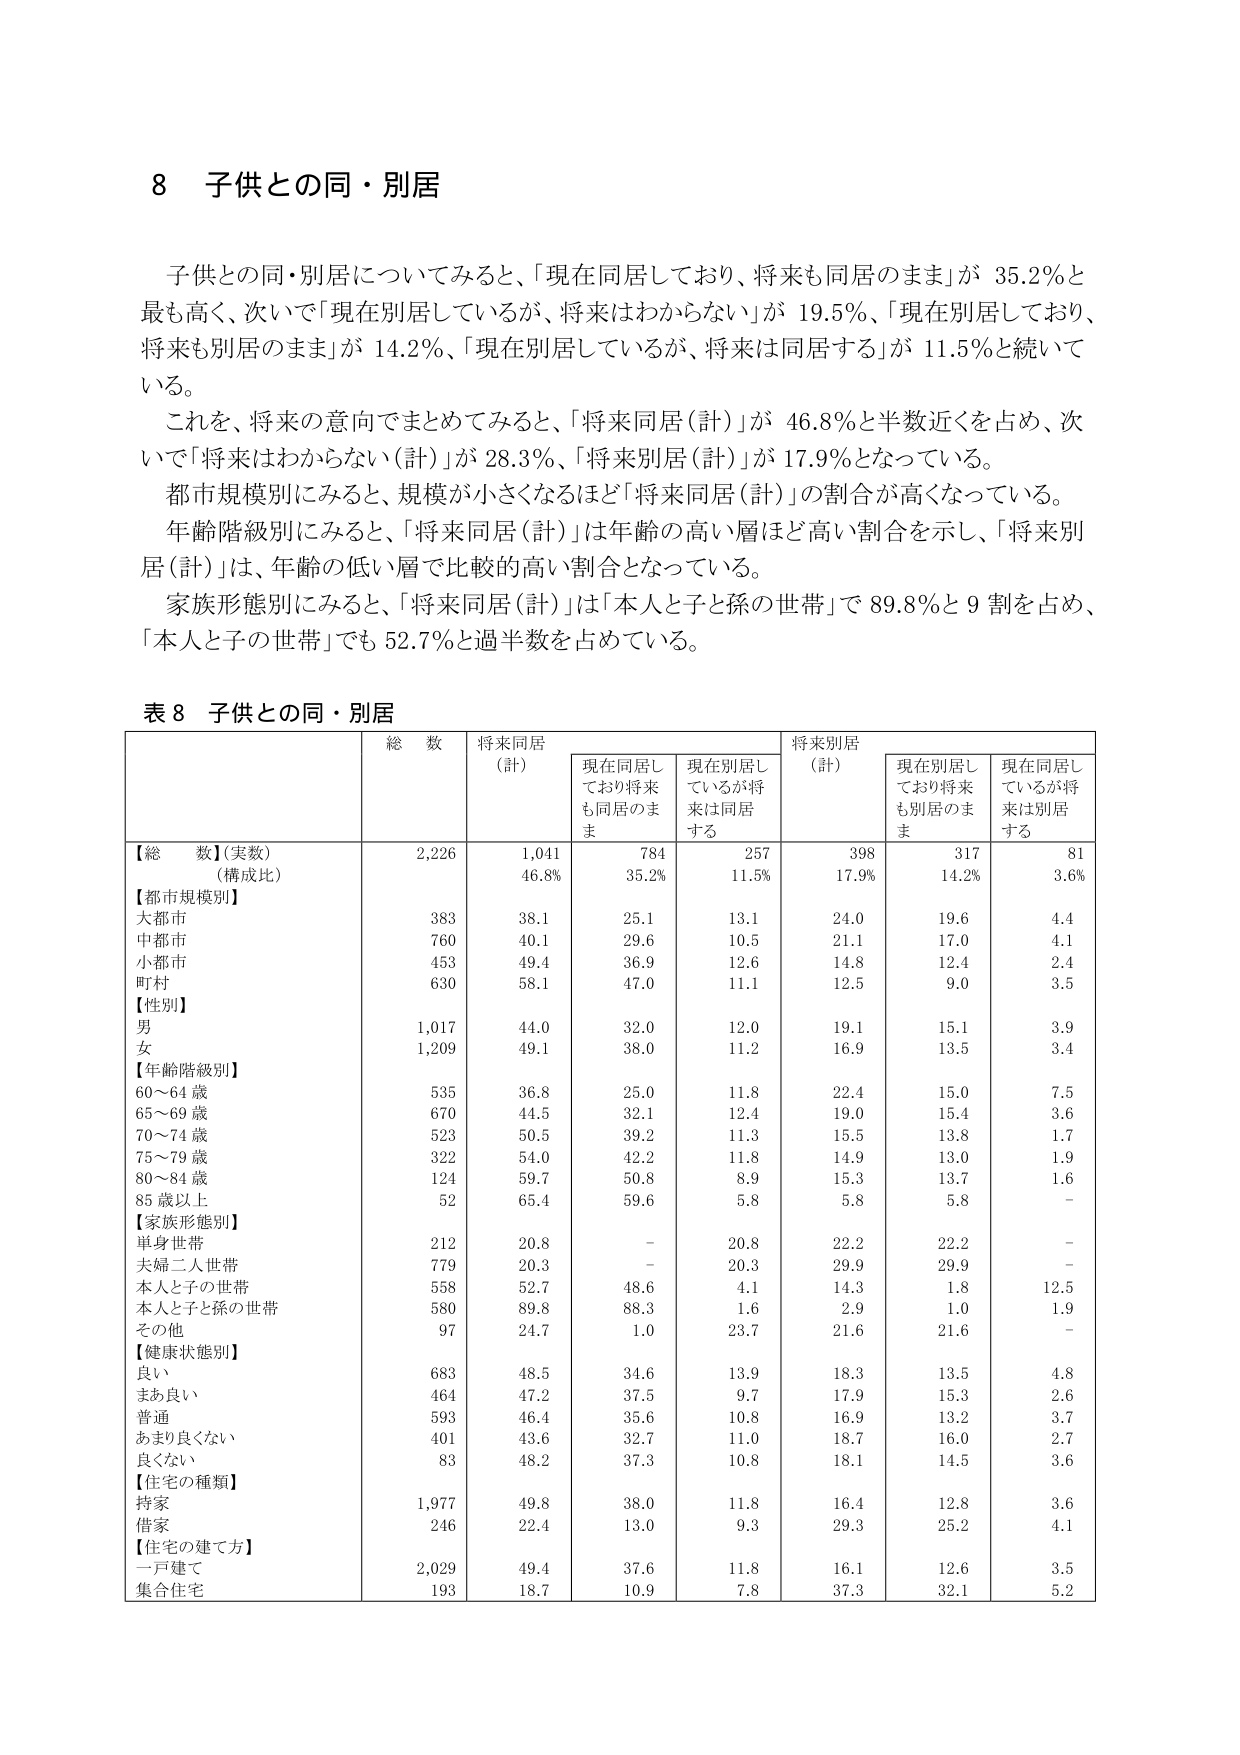
8 子供との同・別居

子供との同・別居についてみると、「現在同居しており、将来も同居のまま」が 35.2%と最も高く、次いで「現在別居しているが、将来はわからない」が 19.5%、「現在別居しており、将来も別居のまま」が 14.2%、「現在別居しているが、将来は同居する」が 11.5%と続いている。

これを、将来の意向でまとめてみると、「将来同居（計）」が 46.8%と半数近くを占め、次いで「将来はわからない（計）」が 28.3%、「将来別居（計）」が 17.9%となっている。

都市規模別にみると、規模が小さくなるほど「将来同居（計）」の割合が高くなっている。

年齢階級別にみると、「将来同居（計）」は年齢の高い層ほど高い割合を示し、「将来別居（計）」は、年齢の低い層で比較的高い割合となっている。

家族形態別にみると、「将来同居（計）」は「本人と子と孫の世帯」で 89.8%と 9 割を占め、「本人と子の世帯」でも 52.7%と過半数を占めている。

表 8 子供との同・別居

| | 総 数 | 将来同居（計） | | | 将来別居（計） | | |
|---|---|---|---|---|---|---|---|
| | | | 現在同居しており将来も同居のまま | 現在別居しているが将来は同居する | | 現在別居しており将来も別居のまま | 現在同居しているが将来は別居する |
| 【総 数】（実数）<br>（構成比） | 2,226 | 1,041<br>46.8% | 784<br>35.2% | 257<br>11.5% | 398<br>17.9% | 317<br>14.2% | 81<br>3.6% |
| 【都市規模別】 | | | | | | | |
| 大都市 | 383 | 38.1 | 25.1 | 13.1 | 24.0 | 19.6 | 4.4 |
| 中都市 | 760 | 40.1 | 29.6 | 10.5 | 21.1 | 17.0 | 4.1 |
| 小都市 | 453 | 49.4 | 36.9 | 12.6 | 14.8 | 12.4 | 2.4 |
| 町村 | 630 | 58.1 | 47.0 | 11.1 | 12.5 | 9.0 | 3.5 |
| 【性別】 | | | | | | | |
| 男 | 1,017 | 44.0 | 32.0 | 12.0 | 19.1 | 15.1 | 3.9 |
| 女 | 1,209 | 49.1 | 38.0 | 11.2 | 16.9 | 13.5 | 3.4 |
| 【年齢階級別】 | | | | | | | |
| 60～64 歳 | 535 | 36.8 | 25.0 | 11.8 | 22.4 | 15.0 | 7.5 |
| 65～69 歳 | 670 | 44.5 | 32.1 | 12.4 | 19.0 | 15.4 | 3.6 |
| 70～74 歳 | 523 | 50.5 | 39.2 | 11.3 | 15.5 | 13.8 | 1.7 |
| 75～79 歳 | 322 | 54.0 | 42.2 | 11.8 | 14.9 | 13.0 | 1.9 |
| 80～84 歳 | 124 | 59.7 | 50.8 | 8.9 | 15.3 | 13.7 | 1.6 |
| 85 歳以上 | 52 | 65.4 | 59.6 | 5.8 | 5.8 | 5.8 | - |
| 【家族形態別】 | | | | | | | |
| 単身世帯 | 212 | 20.8 | - | 20.8 | 22.2 | 22.2 | - |
| 夫婦二人世帯 | 779 | 20.3 | - | 20.3 | 29.9 | 29.9 | - |
| 本人と子の世帯 | 558 | 52.7 | 48.6 | 4.1 | 14.3 | 1.8 | 12.5 |
| 本人と子と孫の世帯 | 580 | 89.8 | 88.3 | 1.6 | 2.9 | 1.0 | 1.9 |
| その他 | 97 | 24.7 | 1.0 | 23.7 | 21.6 | 21.6 | - |
| 【健康状態別】 | | | | | | | |
| 良い | 683 | 48.5 | 34.6 | 13.9 | 18.3 | 13.5 | 4.8 |
| まあ良い | 464 | 47.2 | 37.5 | 9.7 | 17.9 | 15.3 | 2.6 |
| 普通 | 593 | 46.4 | 35.6 | 10.8 | 16.9 | 13.2 | 3.7 |
| あまり良くない | 401 | 43.6 | 32.7 | 11.0 | 18.7 | 16.0 | 2.7 |
| 良くない | 83 | 48.2 | 37.3 | 10.8 | 18.1 | 14.5 | 3.6 |
| 【住宅の種類】 | | | | | | | |
| 持家 | 1,977 | 49.8 | 38.0 | 11.8 | 16.4 | 12.8 | 3.6 |
| 借家 | 246 | 22.4 | 13.0 | 9.3 | 29.3 | 25.2 | 4.1 |
| 【住宅の建て方】 | | | | | | | |
| 一戸建て | 2,029 | 49.4 | 37.6 | 11.8 | 16.1 | 12.6 | 3.5 |
| 集合住宅 | 193 | 18.7 | 10.9 | 7.8 | 37.3 | 32.1 | 5.2 |